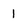
Character: 1